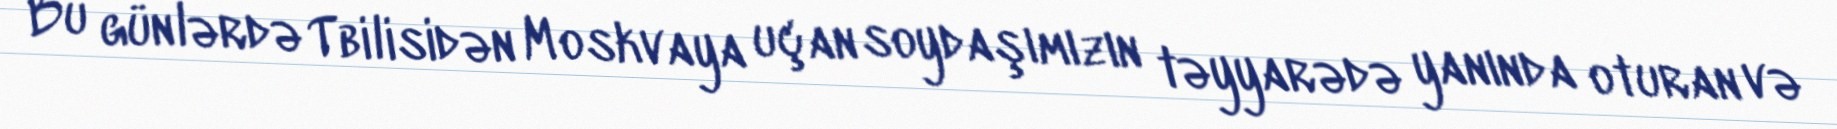
Bu günlərdə Tbilisidən Moskvaya uçan soydaşımızın təyyarədə yanında oturan və